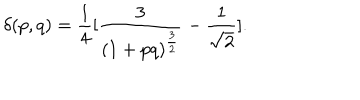
\delta ( p , q ) = { \frac { 1 } { 4 } } [ { \frac { 3 } { ( 1 + p q ) ^ { \frac { 3 } { 2 } } } } - { \frac { 1 } { \sqrt 2 } } ] .